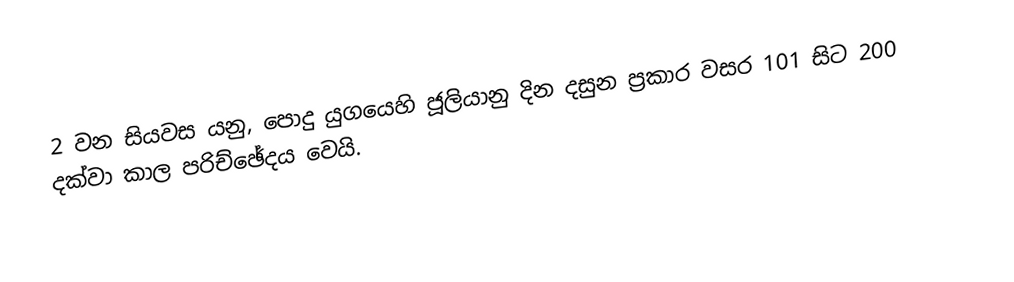
2 වන සියවස යනු,   පොදු යුගයෙහි ජූලියානු දින දසුන ප්‍රකාර වසර 101 සිට  200 දක්වා කාල පරිච්ඡේදය වෙයි.